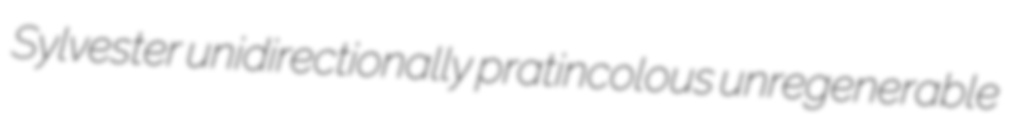
Sylvester unidirectionally pratincolous unregenerable